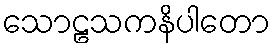
သောဠသကနိပါတော